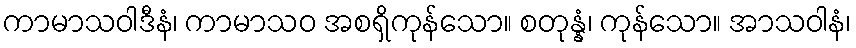
ကာမာသဝါဒီနံ၊ ကာမာသဝ အစရှိကုန်သော။ စတုန္နံ၊ ကုန်သော။ အာသဝါနံ၊